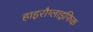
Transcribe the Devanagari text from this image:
हाइरौग्लाइफिक